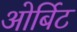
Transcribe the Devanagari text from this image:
ओर्बिट